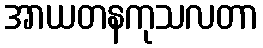
အာယတနကုသလတာ